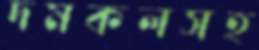
দমকলসহ